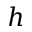
h